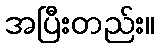
အပြီးတည်း။